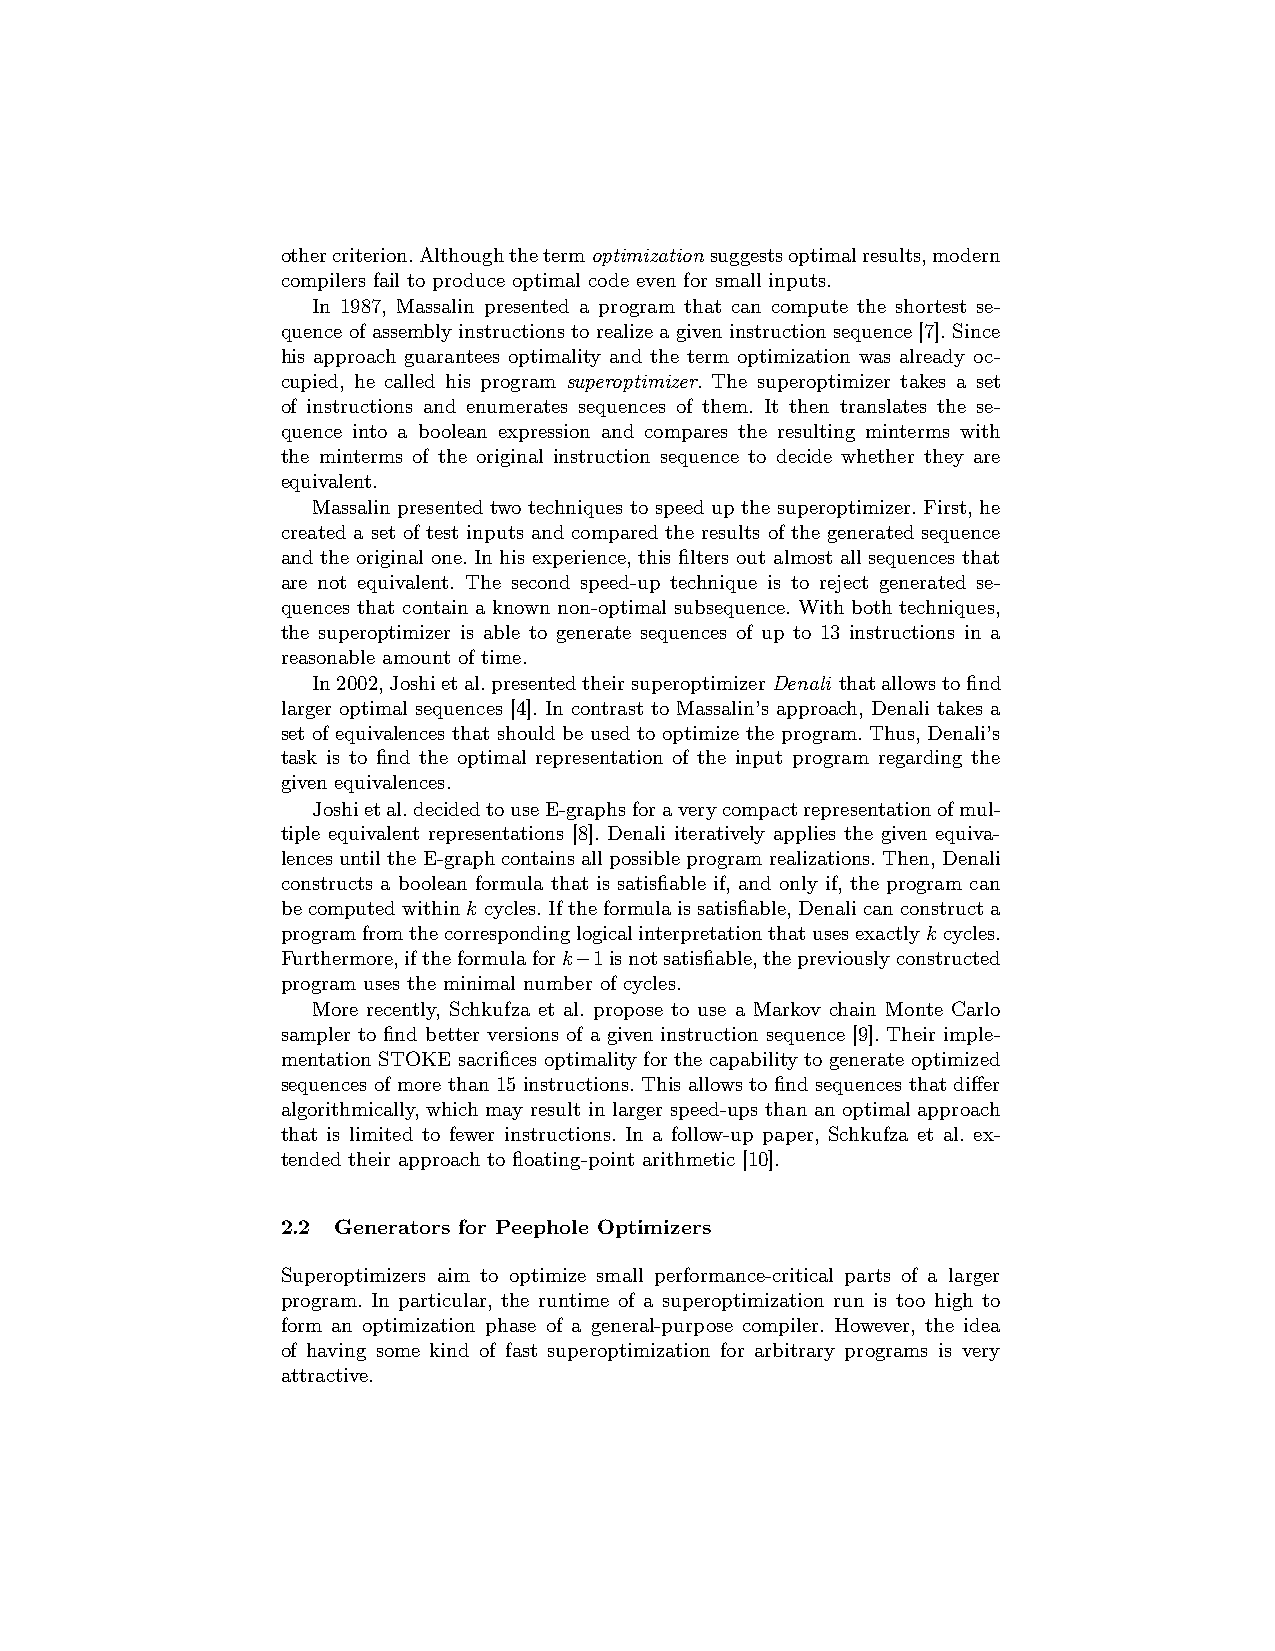
othercriterion.Althoughthetermoptimization suggestsoptimalresults,modern
 compilers fail to produce optimal code even for small inputs.
 In 1987, Massalin presented a program that can compute the shortest se-
 quence ofassemblyinstructions torealize a giveninstruction sequence [7].Since
 his approach guarantees optimality and the term optimization was already oc-
 cupied, he called his program superoptimizer. The superoptimizer takes a set
 of instructions and enumerates sequences of them. It then translates the se-
 quence into a boolean expression and compares the resulting minterms with
 the minterms of the original instruction sequence to decide whether they are
 equivalent.
 Massalin presented two techniques to speed up the superoptimizer. First, he
 created a set of test inputs and compared the results of the generated sequence
 and the original one. In his experience, this filters out almost all sequences that
 are not equivalent. The second speed-up technique is to reject generated se-
 quences that contain a known non-optimal subsequence. With both techniques,
 the superoptimizer is able to generate sequences of up to 13 instructions in a
 reasonable amount of time.
 In2002,Joshietal.presentedtheirsuperoptimizerDenali thatallowstofind
 larger optimal sequences [4]. In contrast to Massalin’s approach, Denali takes a
 set of equivalences that should be used to optimize the program. Thus, Denali’s
 task is to find the optimal representation of the input program regarding the
 given equivalences.
 Joshietal.decidedtouseE-graphsforaverycompactrepresentationofmul-
 tiple equivalent representations [8]. Denali iteratively applies the given equiva-
 lencesuntiltheE-graphcontainsallpossibleprogramrealizations.Then,Denali
 constructs a boolean formula that is satisfiable if, and only if, the program can
 becomputedwithink cycles.Iftheformulaissatisfiable,Denalicanconstructa
 programfromthecorrespondinglogicalinterpretationthatusesexactlykcycles.
 Furthermore,iftheformulafork−1isnotsatisfiable,thepreviouslyconstructed
 program uses the minimal number of cycles.
 More recently, Schkufza et al. propose to use a Markov chain Monte Carlo
 sampler to find better versions of a given instruction sequence [9]. Their imple-
 mentation STOKE sacrifices optimality for the capability to generate optimized
 sequences of more than 15 instructions. This allows to find sequences that differ
 algorithmically, which may result in larger speed-ups than an optimal approach
 that is limited to fewer instructions. In a follow-up paper, Schkufza et al. ex-
 tended their approach to floating-point arithmetic [10].
 2.2 Generators for Peephole Optimizers
 Superoptimizers aim to optimize small performance-critical parts of a larger
 program. In particular, the runtime of a superoptimization run is too high to
 form an optimization phase of a general-purpose compiler. However, the idea
 of having some kind of fast superoptimization for arbitrary programs is very
 attractive.